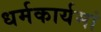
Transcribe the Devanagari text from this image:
धर्मकार्यमां